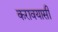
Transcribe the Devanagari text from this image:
करावयासी